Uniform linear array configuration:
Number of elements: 4
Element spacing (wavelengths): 0.25
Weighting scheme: exponential
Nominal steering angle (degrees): -30
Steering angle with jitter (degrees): -31.413
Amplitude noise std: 0.05
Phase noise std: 0.05

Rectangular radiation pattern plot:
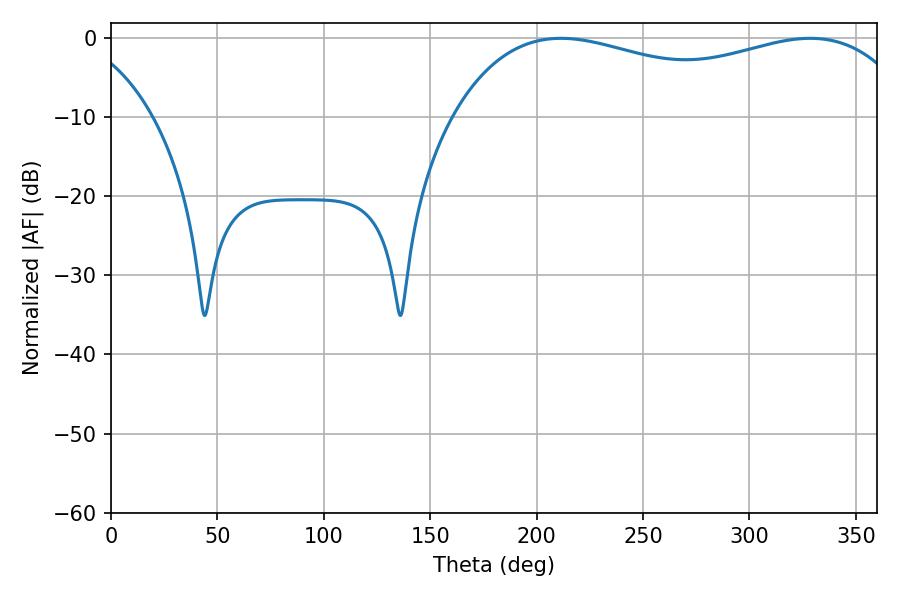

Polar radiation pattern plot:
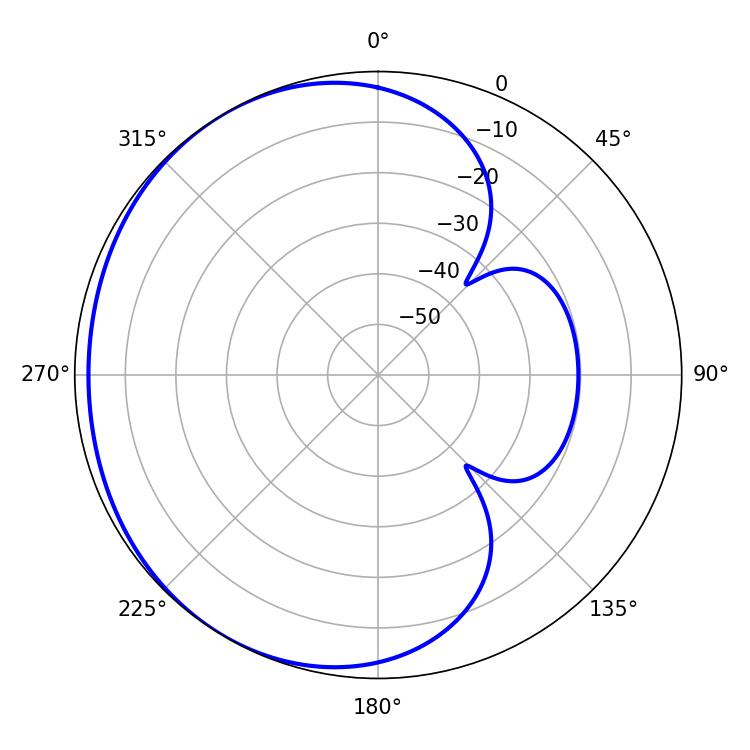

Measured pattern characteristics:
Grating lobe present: FALSE
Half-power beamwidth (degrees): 178.2
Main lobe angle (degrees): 211.5